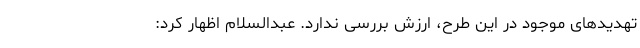
تهدیدهای موجود در این طرح، ارزش بررسی ندارد. عبدالسلام اظهار کرد: